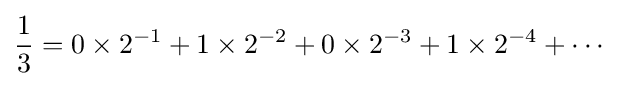
{\frac {1}{3}}=0\times 2^{-1}+1\times 2^{-2}+0\times 2^{-3}+1\times 2^{-4}+\cdots